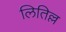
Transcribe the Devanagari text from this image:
लितिल्ल